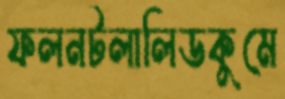
ফলনটলালিডকুমে